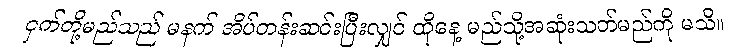
ငှက်တို့မည်သည် မနက် အိပ်တန်းဆင်းပြီးလျှင် ထိုနေ့ မည်သို့အဆုံးသတ်မည်ကို မသိ။